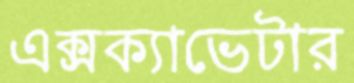
এক্সক্যাভেটার